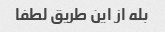
بله از این طریق لطفا